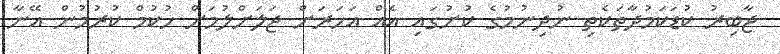
ޖާބިރު ކުޑަކަމުދާތަކެތި ނުދިނުމުގެ ކުށުގައި އެއް އަހަރަށް ޖަލަށްލުމަށް ހުކުމް ކުރުމުން އޭނާ